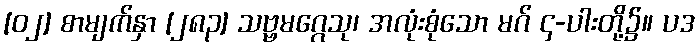
[၀၂] စာမျက်နှာ [၂၈၃] သဗ္ဗမဂ္ဂေသု၊ အလုံးစုံသော မဂ် ၄-ပါးတို့၌။ ပဒ